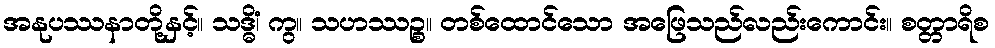
အနုပဿနာတို့နှင့်။ သဒ္ဓိံ၊ ကွ။ သဟဿဉ္စ။ တစ်ထောင်သော အဖြေသည်လည်းကောင်း။ စတ္တာရိစ